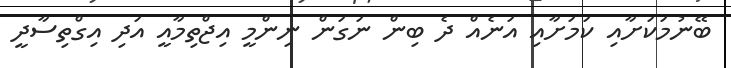
ބޭނުމަކަށާއި ކަމަށާއި އަނެއް ދެ ބިން ނަގަން ނިންމީ އިޖްތިމާއީ އަދި އިގްތިސާދީ